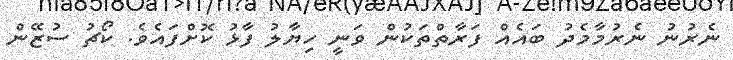
ނެރުނު ނެރުމާމެދު ބައެއް ފަރާތްތަކުން ވަނީ ހިޔާލު ފާޅު ކޮށްފައެވެ. ކޯޗު ސުޒޭން